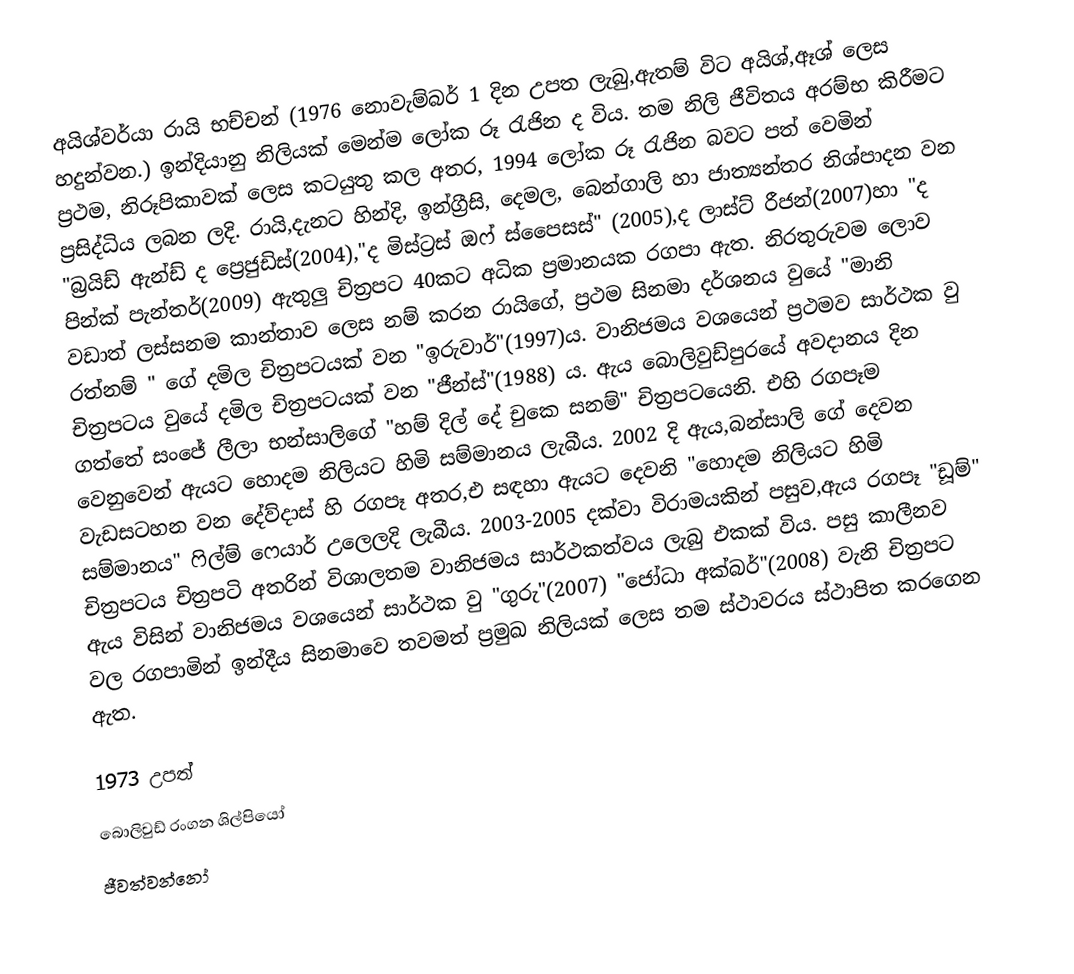
අයිශ්වර්යා රායි භච්චන් (1976 නොවැම්බර් 1 දින උපත ලැබු,ඇතම් විට අයිශ්,ඈශ් ලෙස හදුන්වන.) ඉන්දියානු නිලියක් මෙන්ම ලෝක රූ රැජින ද විය. තම නිලි ජීවිතය අරම්භ කිරීමට ප්‍රථම, නිරූපිකාවක් ලෙස කටයුතු කල අතර, 1994 ලෝක රූ රැජින බවට පත් වෙමින් ප්‍රසිද්ධිය ලබන ලදි. රායි,දැනට හින්දි, ඉන්ග්‍රීසි, දෙමල, බෙන්ගාලි හා ජාත්‍යන්තර නිශ්පාදන වන "බ්‍රයිඩ් ඇන්ඩ් ද ප්‍රෙජුඩිස්(2004),"ද මිස්ට්‍රස් ඔෆ් ස්පෛසස්" (2005),ද ලාස්ට් රීජන්(2007)හා "ද පින්ක් පැන්තර්(2009) ඇතුලු චිත්‍රපට 40කට අධික ප්‍රමානයක රගපා ඇත. නිරතුරුවම ලොව වඩාත් ලස්සනම කාන්තාව ලෙස නම් කරන රායිගේ, ප්‍රථම සිනමා දර්ශනය වුයේ "මානි රත්නම් " ගේ  දමිල චිත්‍රපටයක් වන "ඉරුවාර්"(1997)ය. වානිජමය වශයෙන් ප්‍රථමව සාර්ථක වු චිත්‍රපටය වුයේ දමිල චිත්‍රපටයක් වන "ජීන්ස්"(1988) ය. ඇය බොලිවුඩ්පුරයේ අවදානය දින ගත්තේ සංජේ ලීලා භන්සාලිගේ "හම් දිල් දේ චුකෙ සනම්" චිත්‍රපටයෙනි. එහි රගපෑම වෙනුවෙන් ඇයට හොදම නිලියට හිමි සම්මානය ලැබීය. 2002 දි ඇය,බන්සාලි ගේ දෙවන වැඩසටහන වන දේව්දාස් හි රගපෑ අතර,එ සඳහා ඇයට දෙවනි "හොදම නිලියට හිමි සම්මානය" ෆිල්ම් ෆෙයාර් උලෙලදි ලැබීය. 2003-2005 දක්වා විරාමයකින් පසුව,ඇය රගපෑ "ඩූම්" චිත්‍රපටය චිත්‍රපටි අතරින් විශාලතම වානිජමය සාර්ථකත්වය ලැබු එකක් විය. පසු කාලීනව ඇය විසින් වානිජමය වශයෙන් සාර්ථක වු "ගුරු"(2007) "ජෝධා අක්බර්"(2008) වැනි චිත්‍රපට වල රගපාමින් ඉන්දීය සිනමාවෙ තවමත් ප්‍රමුඛ නිලියක් ලෙස තම ස්ථාවරය ස්ථාපිත කරගෙන ඇත.

1973 උපත්
බොලිවුඩ් රංගන ශිල්පියෝ
ජීවත්වන්නෝ